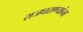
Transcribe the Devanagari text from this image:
राजघराण्यांना